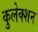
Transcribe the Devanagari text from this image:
कुलेक्शन